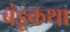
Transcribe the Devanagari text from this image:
बंडूकथा